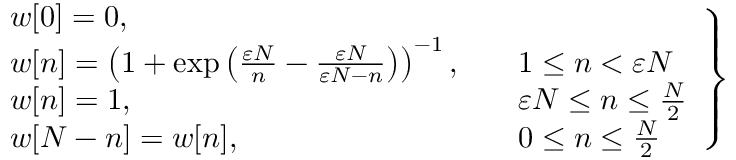
\left. { \begin{array} { l l l } { w [ 0 ] = 0 , } \\ { w [ n ] = \left( 1 + \exp \left( { \frac { \varepsilon N } { n } } - { \frac { \varepsilon N } { \varepsilon N - n } } \right) \right) ^ { - 1 } , \quad } & { 1 \leq n < \varepsilon N } \\ { w [ n ] = 1 , \quad } & { \varepsilon N \leq n \leq { \frac { N } { 2 } } } \\ { w [ N - n ] = w [ n ] , \quad } & { 0 \leq n \leq { \frac { N } { 2 } } } \end{array} } \right\}